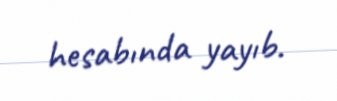
hesabında yayıb.